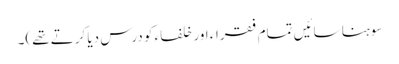
سوہنا سائیں تمام فقراء اور خلفاء کو درس دیا کرتے تھے)۔